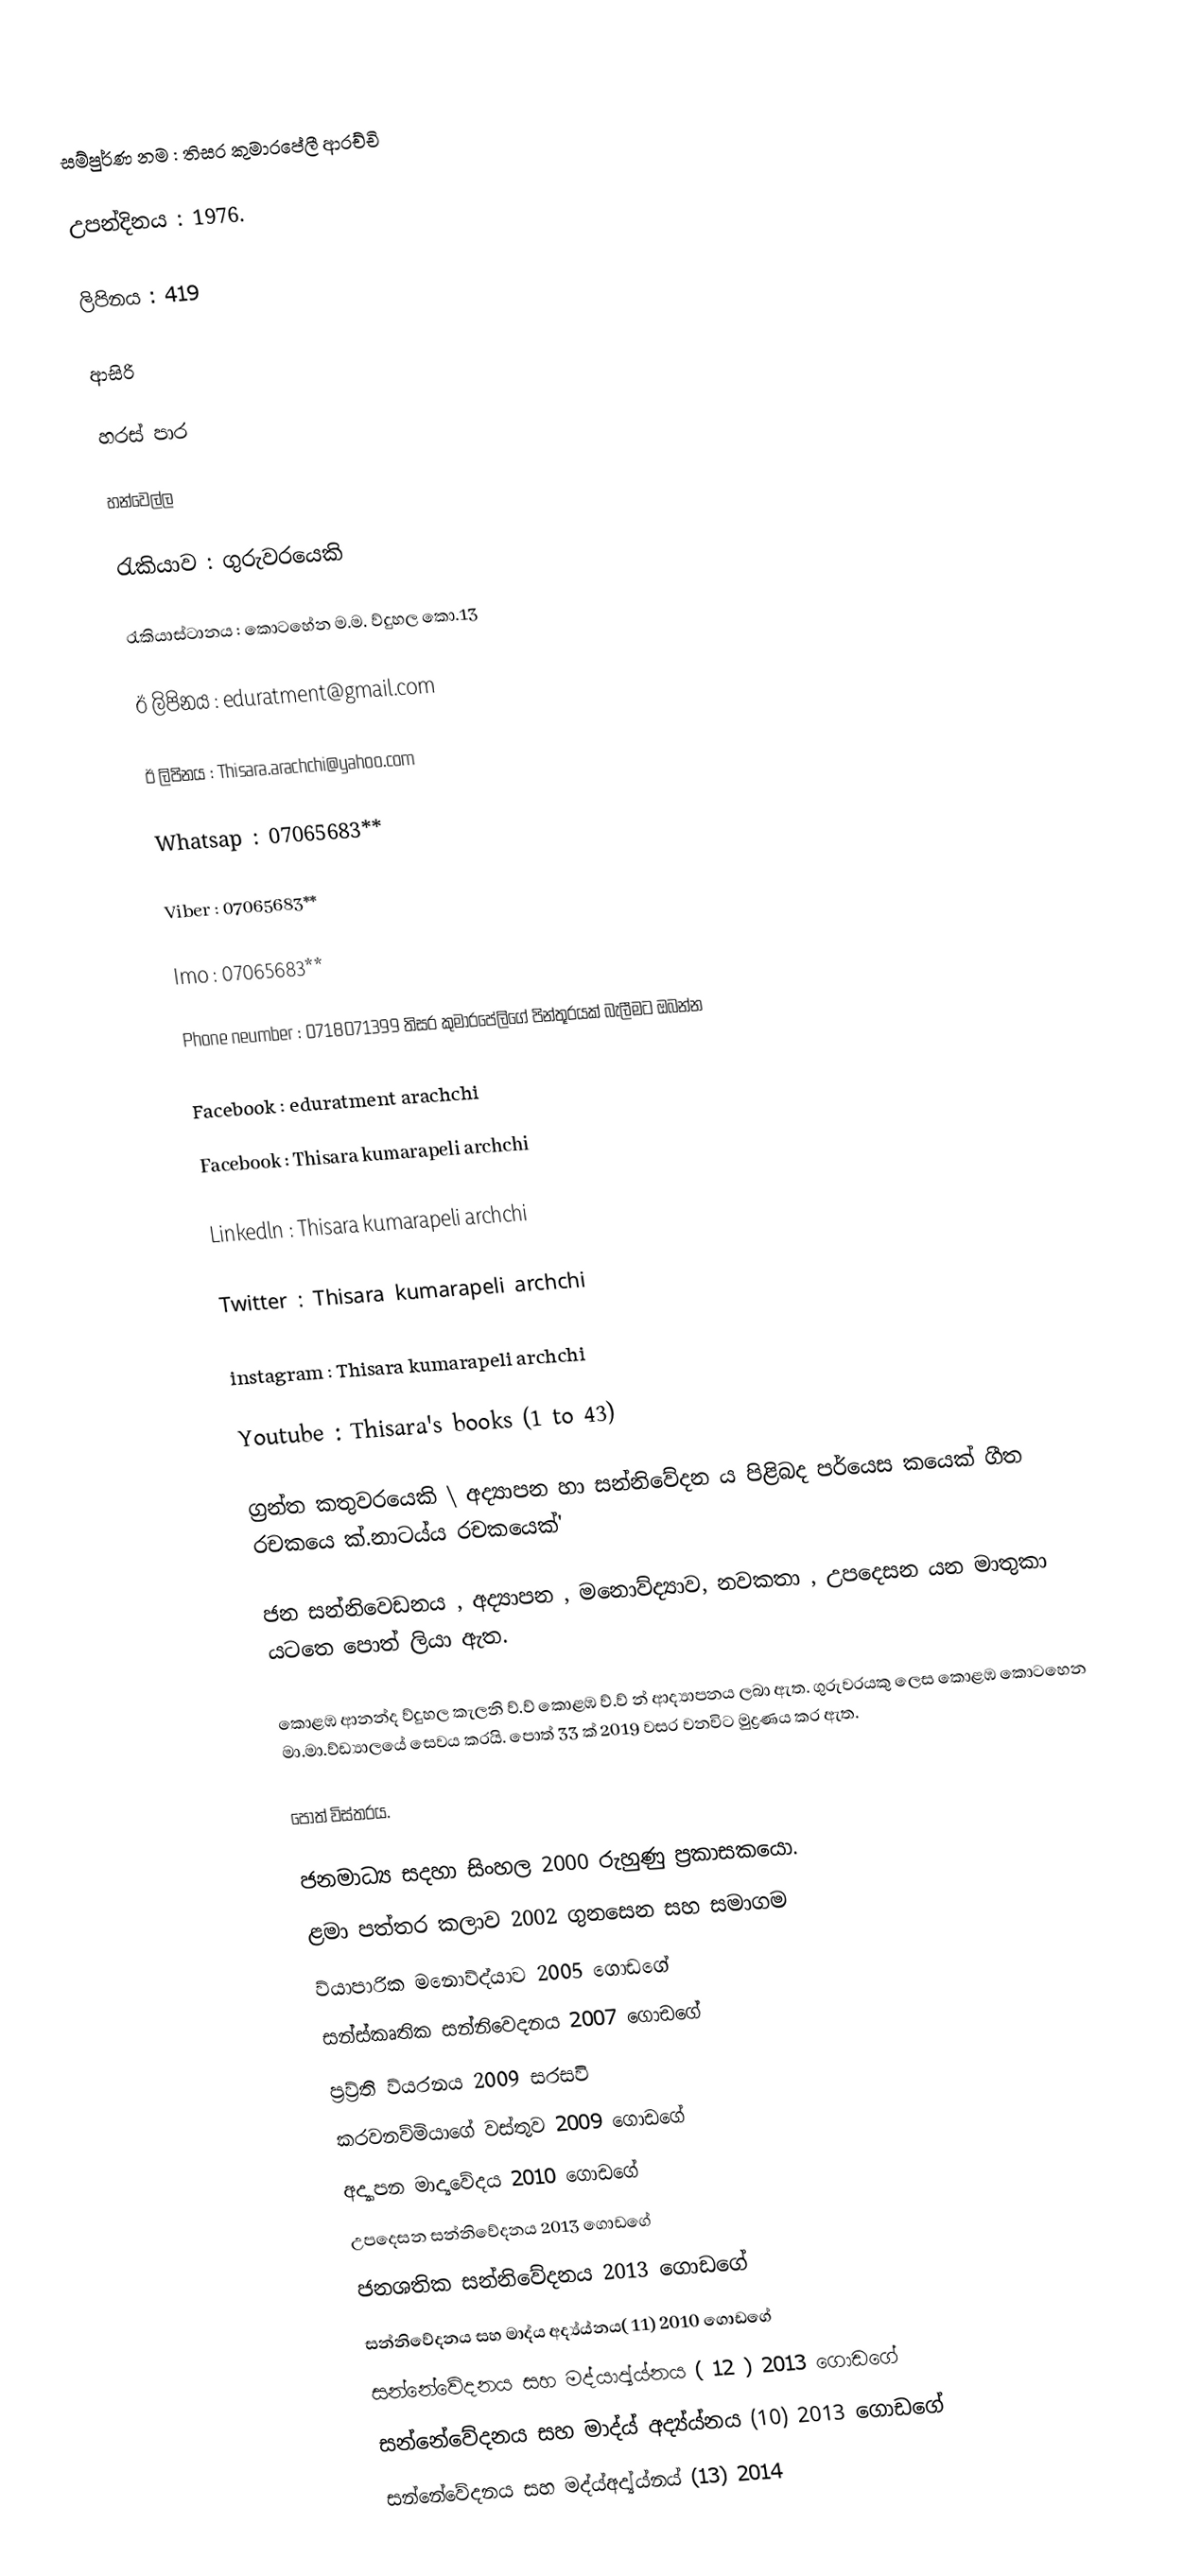
සම්පුර්ණ නම : තිසර කුමාරපේලී ආරච්චි

උපන්දිනය : 1976.

ලිපිනය : 419

ආසිරි

හරස් පාර

හන්වෙල්ල

රැකියාව  :  ගුරුවරයෙකි

රැකියාස්ටානය : කොටහේන ම.ම. ව්දුහල කො.13

ඊ ලිපිනය  : eduratment@gmail.com

ඊ ලිපිනය : Thisara.arachchi@yahoo.com

Whatsap : 07065683**

Viber       : 07065683**

Imo          : 07065683**

Phone neumber : 0718071399                                                                                                                                                        තිසර කුමාරපේලිගේ පින්තූරයක් බැලීමට ඔබන්න

Facebook : eduratment arachchi

Facebook : Thisara kumarapeli archchi

Linkedln    : Thisara kumarapeli archchi

Twitter       : Thisara kumarapeli archchi

instagram  : Thisara kumarapeli archchi

Youtube     : Thisara's books (1 to 43)

ග්‍රන්ත කතුවරයෙකි \ අද්‍යාපන හා සන්නිවේදන ය පිළිබද පර්යෙස කයෙක් ගීත  රචකයෙ ක්.නාටය්ය රචකයෙක්'

ජන සන්නිවෙඩනය , අද්‍යාපන , මනොව්ද්‍යාව, නවකතා , උපදෙසන යන මාතුකා යටතෙ පොත් ලියා ඇත.

කොළඹ ආනන්ද ව්දුහල කැලනි ව්.ව් කොළඹ ව්.ව් න් ආද්‍යාපනය ලබා ඇත. ගුරුවරයකු ලෙස කොළඹ කොටහෙන මා.මා.ව්ඩ්‍යාලයේ සෙවය කරයි. පොත් 33 ක් 2019 වසර වනවිට  මුද්‍රණය කර ඇත.

පොත් විස්තරය.

 ජනමාධ්‍ය සදහා සිංහල                                            2000                රුහුණු ප්‍රකාසකයො.
ළමා පත්තර කලාව                                                 2002                ගුනසෙන සහ සමාගම
ව්යාපාරික මනොව්ද්යාව                                          2005               ගොඩගේ
සන්ස්කෘතික සන්නිවෙදනය                                     2007               ගොඩගේ
ප්‍රව්‍ර්ති ව්යරනය                                                         2009                සරසවි
කරවනව්මියාගේ වස්තුව                                          2009                ගොඩගේ
අද්‍යාපන මාද්‍යවේදය                                                2010                ගොඩගේ
උපදෙසන සන්නිවේදනය                                         2013                ගොඩගේ
ජනශතික සන්නිවේදනය                                          2013                ගොඩගේ
සන්නිවේදනය සහ මාද්ය  අද්‍ය්ය්නය( 11)                 2010                ගොඩගේ
සන්නේවේදනය සහ මද්යාද්‍ය්ය්නය  ( 12 )               2013                 ගොඩගේ
සන්නේවේදනය සහ මාද්ය් අද්‍ය්ය්නය (10)               2013                 ගොඩගේ
සන්නේවේදනය සහ මද්ය්අද්‍ය්ය්නය් (13)                 2014